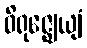
ဝိရုဇ္ဈေယျံ